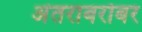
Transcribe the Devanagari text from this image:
अंतराबरोबर